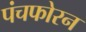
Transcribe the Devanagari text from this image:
पंचफोरन